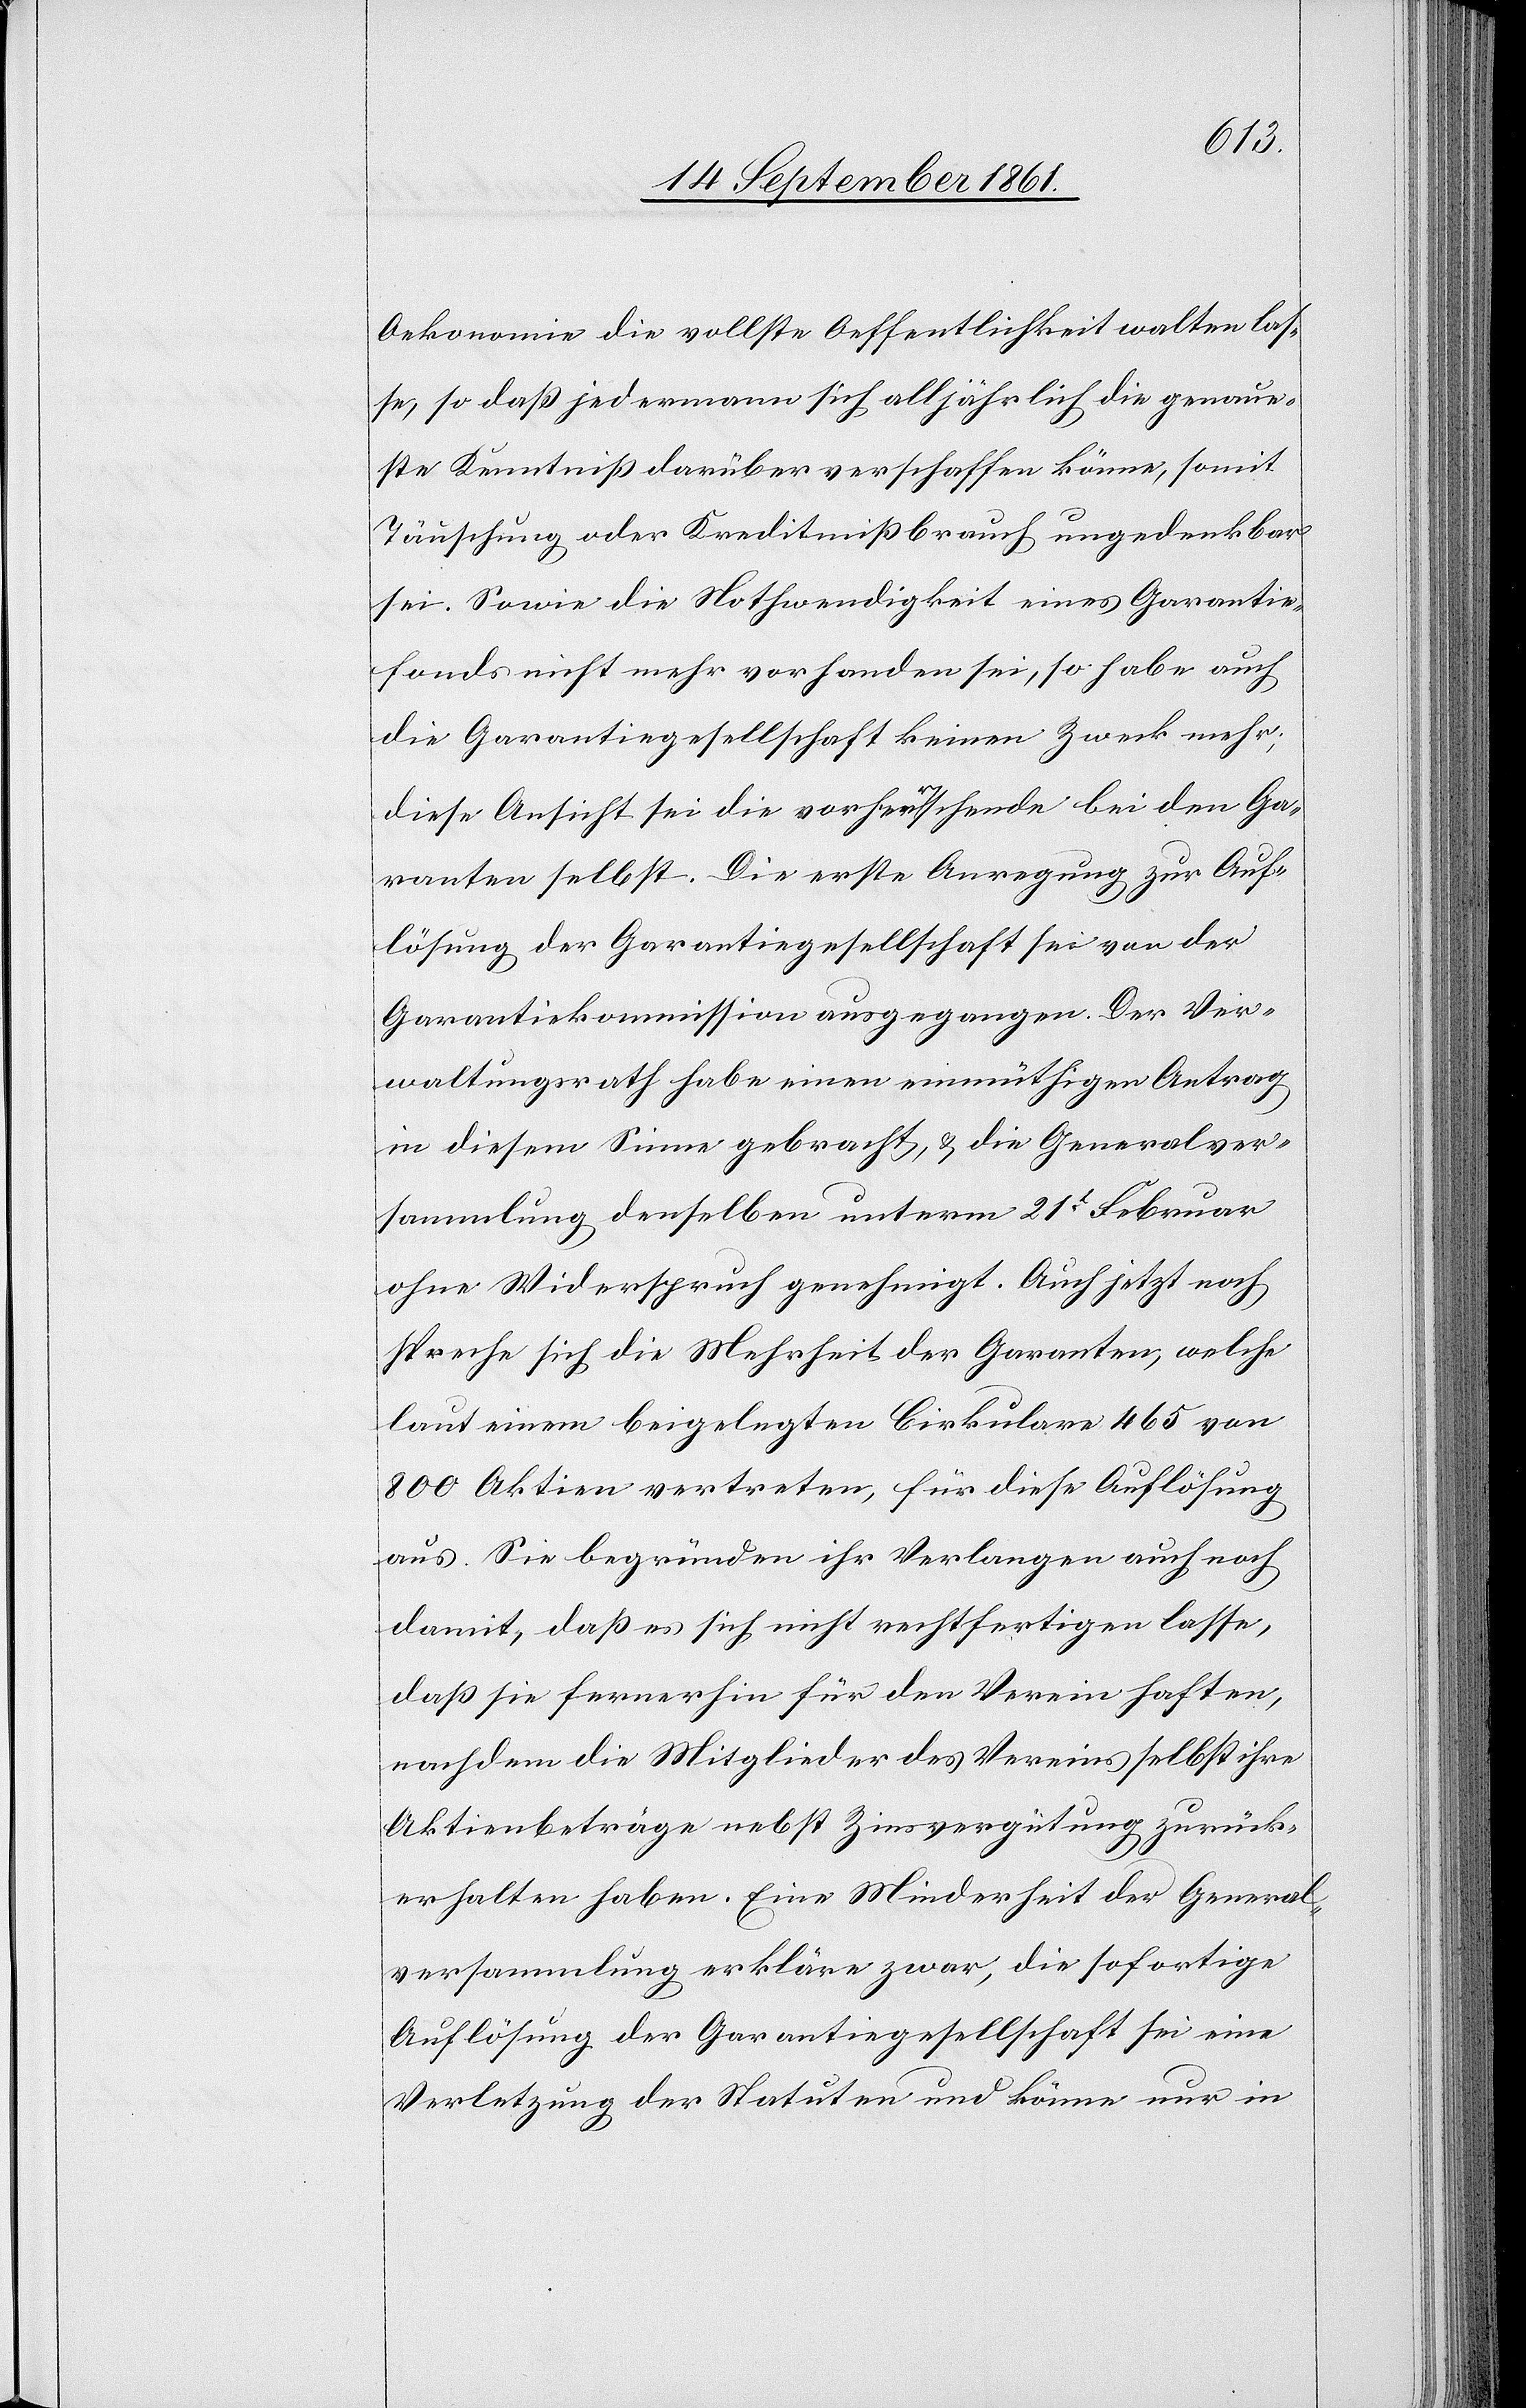
Oekonomie die vollste Oeffentlichkeit walten las¬
se, so daß jedermann sich alljährlich die genau¬
ste Kenntniß darüber verschaffen könne, somit
Täuschung oder Kreditmißbrauch ungedenkbar
sei. Sowie die Nothwendigkeit eines Garantie¬
fonds nicht mehr vorhanden sei, so habe auch
die Garantiegesellschaft keinen Zweck mehr,
diese Ansicht sei die vorherrschende bei den Ga¬
ranten selbst. Die erste Anregung zur Auf¬
lösung der Garantiegesellschaft sei von der
Garantiekommission ausgegangen. Der Ver¬
waltungsrath habe einen einmüthigen Antrag
in diesem Sinne gebracht u. die Generalver¬
sammlung denselben unterm 21t Februar
ohne Widerspruch genehmigt. Auch jetzt noch
spreche sich die Mehrheit der Garanten, welche
laut einem beigelegten Cirkulare 465 von
800 Aktien vertreten, für diese Auflösung
aus. Sie begründen ihr Verlangen auch noch
damit, daß es sich nicht rechtfertigen lasse,
daß sie fernerhin für den Verein haften,
nachdem die Mitglieder des Vereins selbst ihre
Aktienbeträge nebst Zinsvergütung zurück¬
erhalten haben. Eine Minderheit der General¬
versammlung erkläre zwar, die sofortige
Auflösung der Garantiegesellschaft sei eine
Verletzung der Statuten und könne nur in